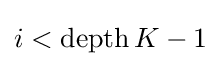
i<\operatorname {depth} K-1